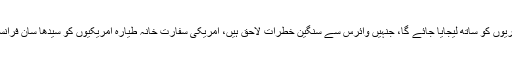
انہی امریکی شہریوں کو ساتھ لیجایا جائے گا، جنہیں وائرس سے سنگین خطرات لاحق ہیں، امریکی سفارت خانہ طیارہ امریکیوں کو سیدھا سان فرانسسکو لیجائے گا۔